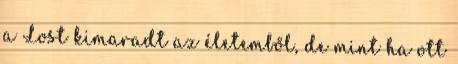
a Lost kimaradt az életemből, de mint ha ott